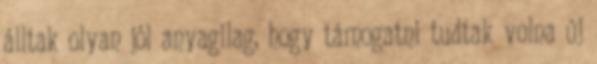
álltak olyan jól anyagilag, hogy támogatni tudtak volna új